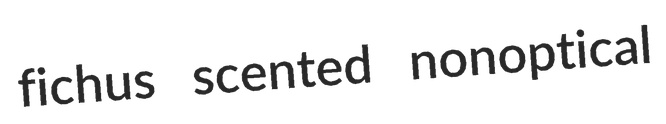
fichus scented nonoptical